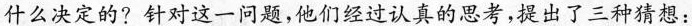
什么决定的?针对这一问题，他们经过认真的思考，提出了三种猜想：